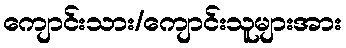
ကျောင်းသား/ကျောင်းသူများအား